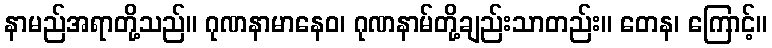
နာမည်အရာတို့သည်။ ဂုဏနာမာနေဝ၊ ဂုဏနာမ်တို့ချည်းသာတည်း။ တေန၊ ကြောင့်။